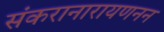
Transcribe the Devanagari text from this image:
संकरानारायणनन